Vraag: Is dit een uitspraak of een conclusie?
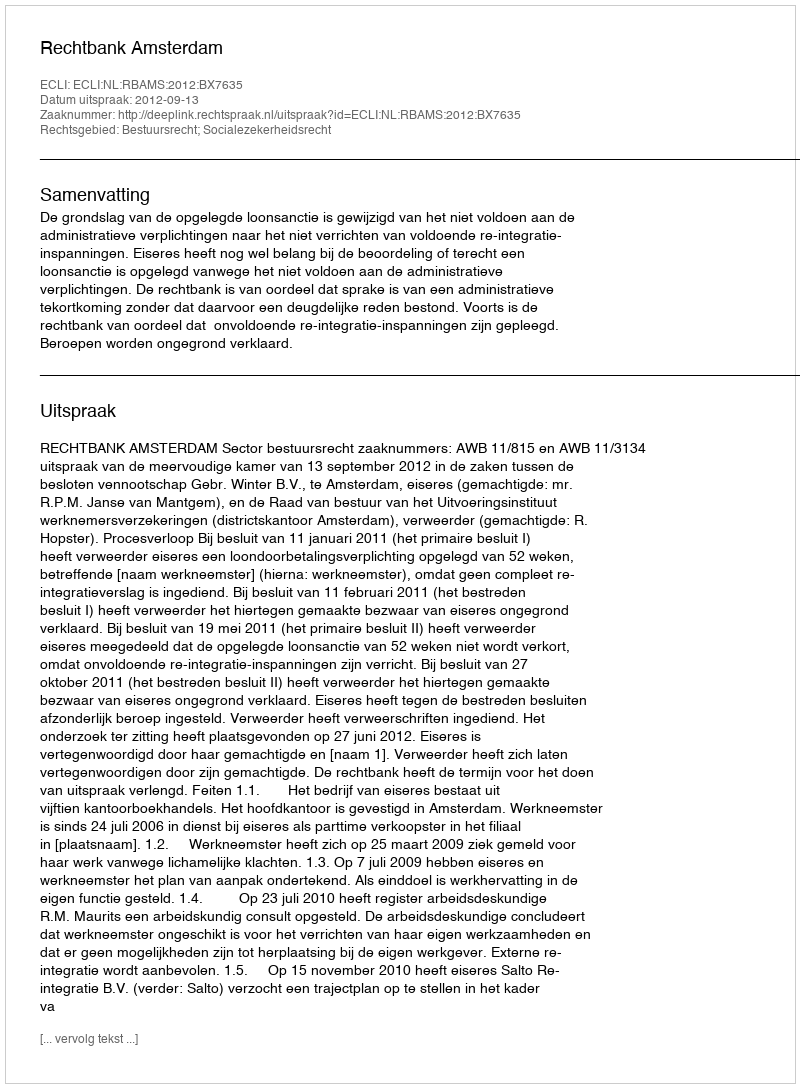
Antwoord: Uitspraak